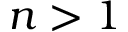
n > 1